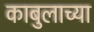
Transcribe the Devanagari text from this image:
काबुलाच्या